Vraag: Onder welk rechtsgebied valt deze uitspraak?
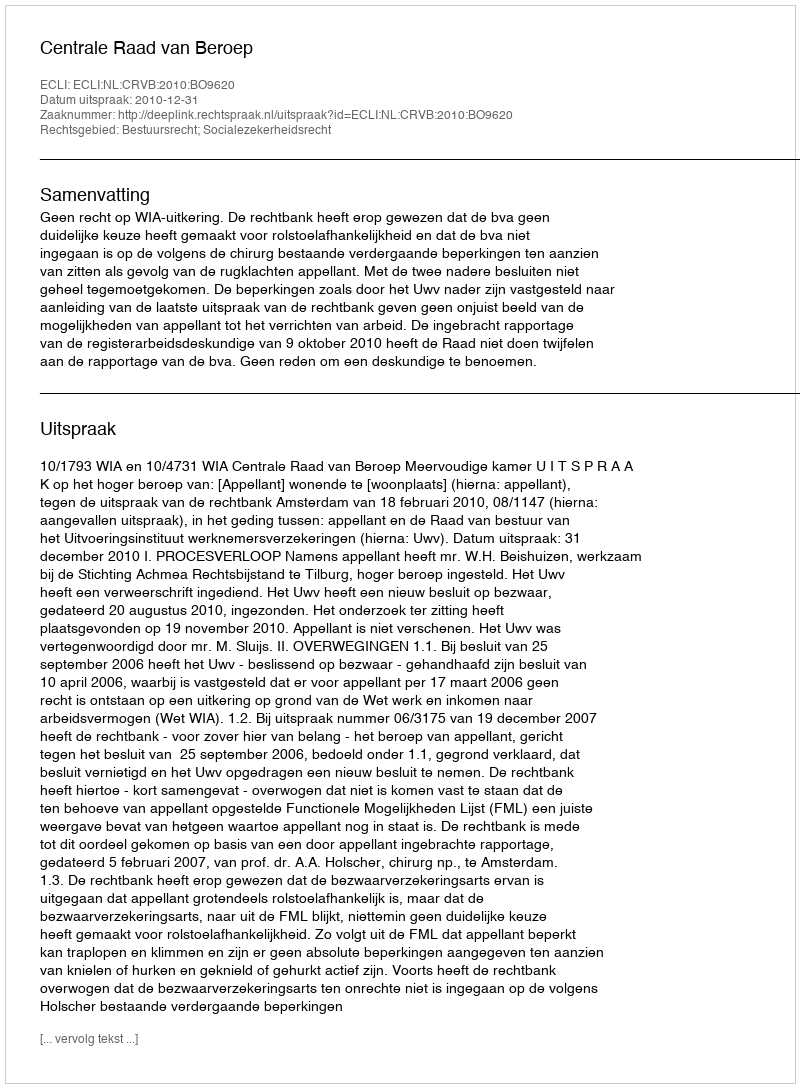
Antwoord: Bestuursrecht; Socialezekerheidsrecht